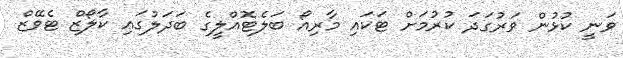
ވަނީ ކުޅުން ވަރުގަދަ ކުރުމަށް ޓަކައި މާރިއޯ ބަލެޓޮއްލީގެ ބަދަލުގައި ކާލޯޒް ޓެވޭޒް